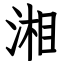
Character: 湘